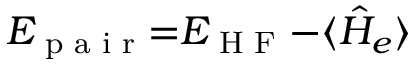
E _ { \textrm { p a i r } } { = } E _ { \textrm { H F } } { - } \langle \hat { H } _ { e } \rangle